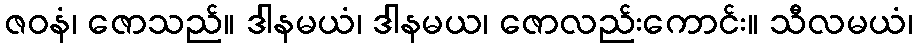
ဇဝနံ၊ ဇောသည်။ ဒါနမယံ၊ ဒါနမယ၊ ဇောလည်းကောင်း။ သီလမယံ၊